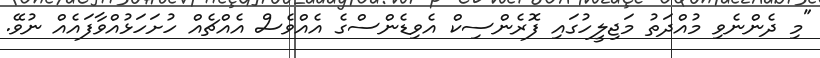
"މި ދެންނެވި މުއްދަތު މަޖިލީހުގައި ފޮރެންސިކް އެވިޑެންސްގެ އެއްވެސް އެއްޗެއް ހުށަހަޅުއްވާފައެއް ނުވޭ.